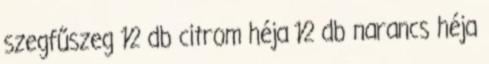
szegfűszeg 1⁄2 db citrom héja 1⁄2 db narancs héja